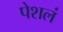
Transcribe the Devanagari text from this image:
पेशलं